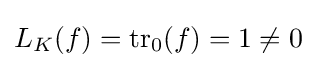
L_{K}(f)=\operatorname {tr} _{0}(f)=1\neq 0